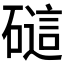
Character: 𰧟